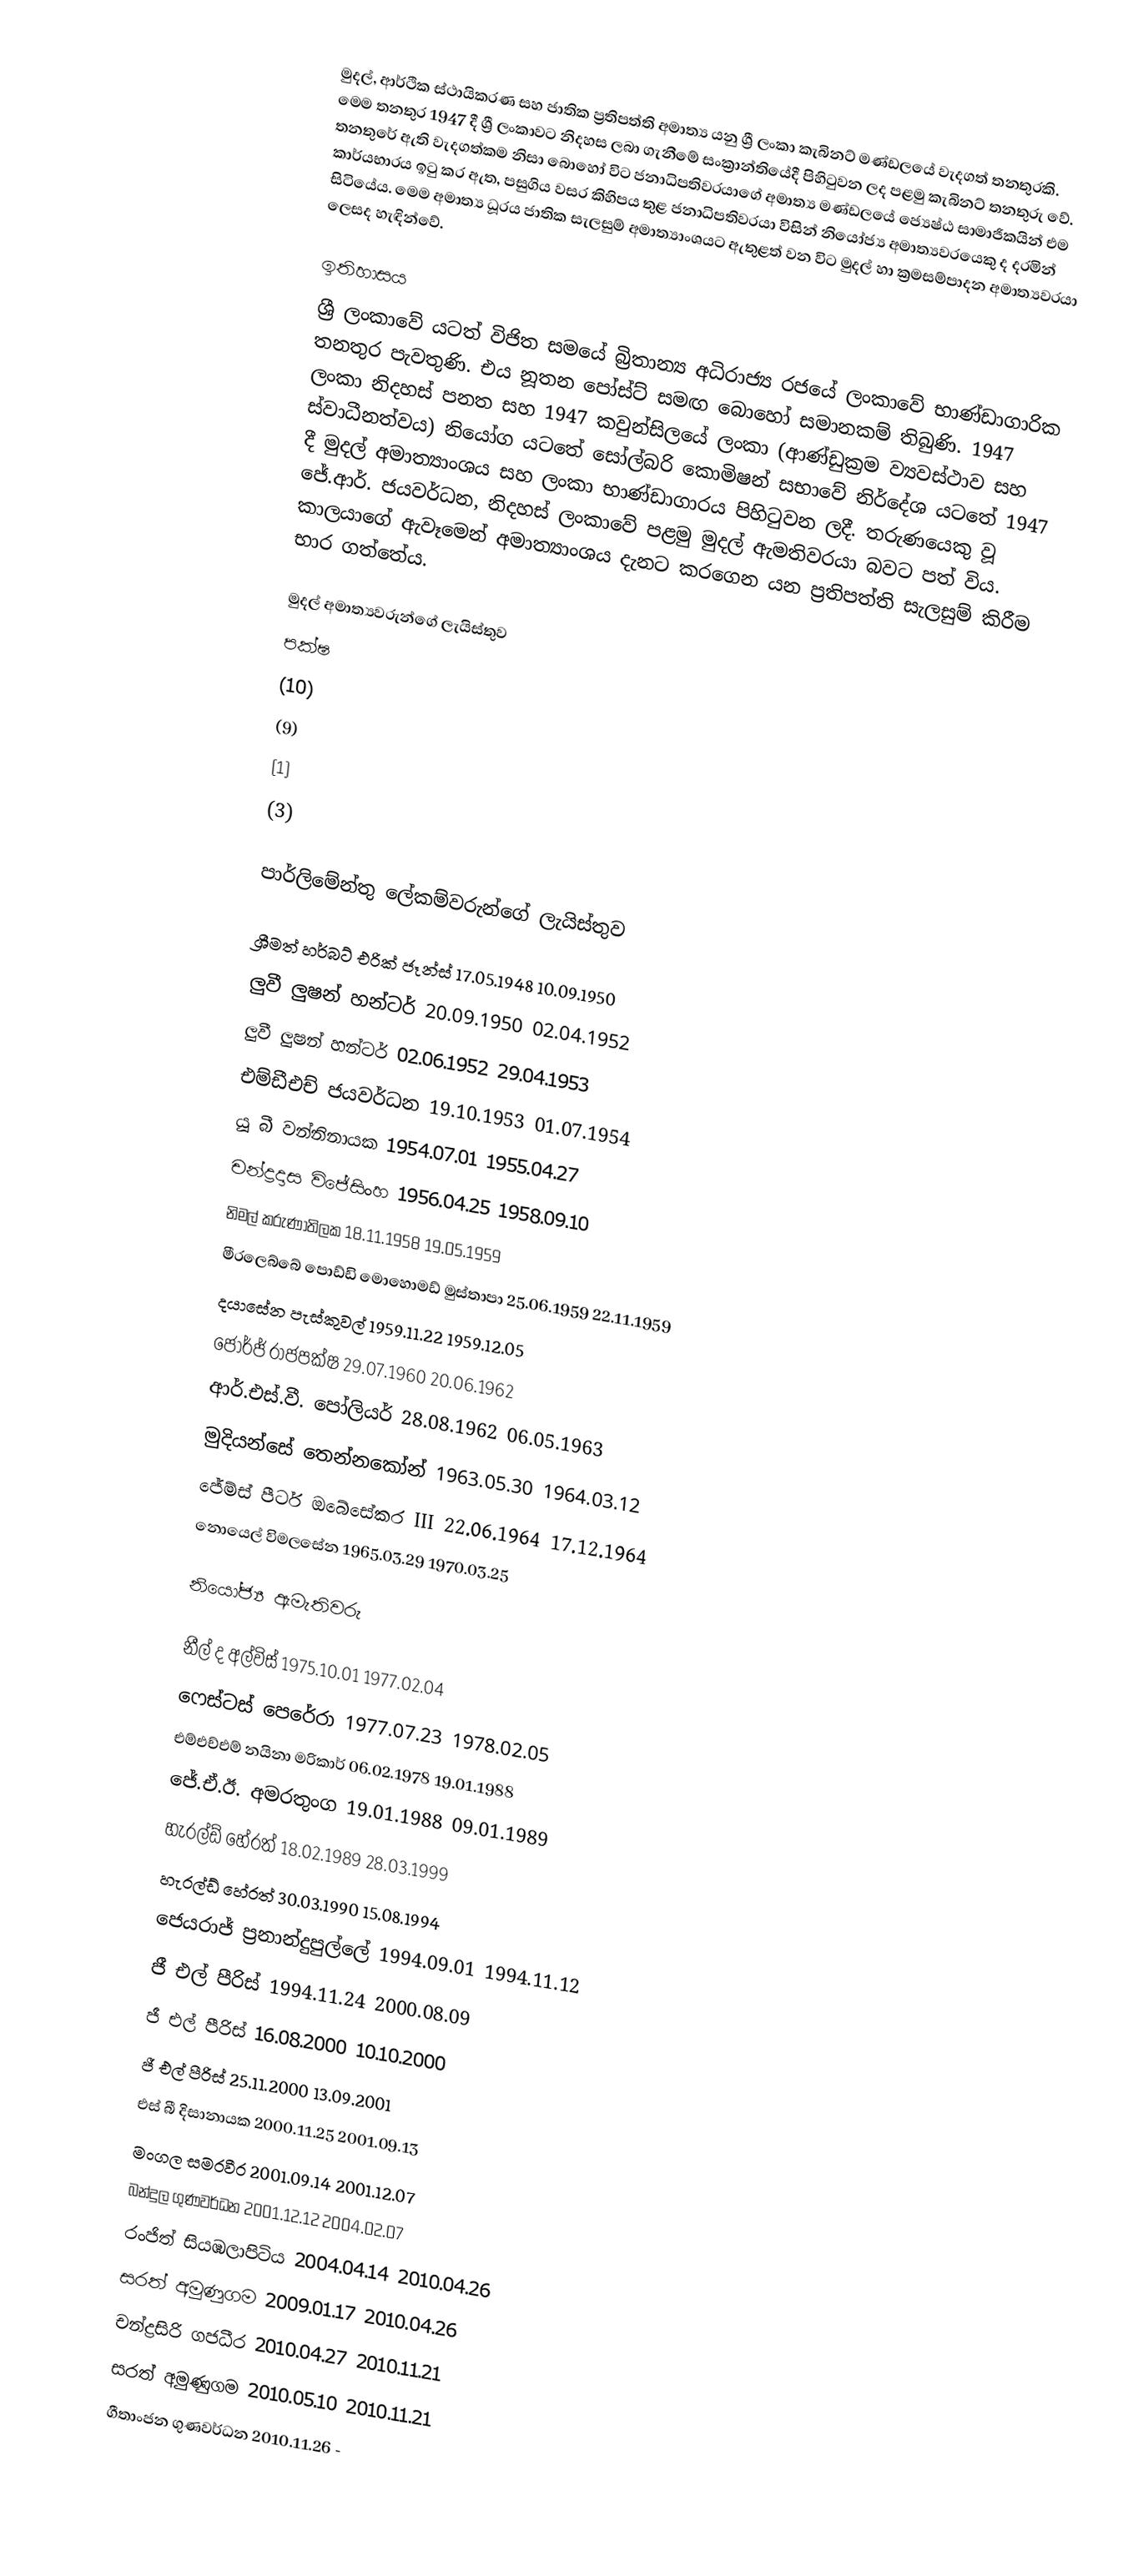
මුදල්, ආර්ථික ස්ථායිකරණ සහ ජාතික ප්‍රතිපත්ති අමාත්‍ය යනු ශ්‍රී ලංකා කැබිනට් මණ්ඩලයේ වැදගත් තනතුරකි. මෙම තනතුර 1947 දී ශ්‍රී ලංකාවට නිදහස ලබා ගැනීමේ සංක්‍රාන්තියේදී පිහිටුවන ලද පළමු කැබිනට් තනතුරු වේ. තනතුරේ ඇති වැදගත්කම නිසා බොහෝ විට ජනාධිපතිවරයාගේ අමාත්‍ය මණ්ඩලයේ ජ්‍යෙෂ්ඨ සාමාජිකයින් එම කාර්යභාරය ඉටු කර ඇත, පසුගිය වසර කිහිපය තුළ ජනාධිපතිවරයා විසින් නියෝජ්‍ය අමාත්‍යවරයෙකු ද දරමින් සිටියේය. මෙම අමාත්‍ය ධූරය ජාතික සැලසුම් අමාත්‍යාංශයට ඇතුළත් වන විට මුදල් හා ක්‍රමසම්පාදන අමාත්‍යවරයා ලෙසද හැඳින්වේ.

ඉතිහාසය
ශ්‍රී ලංකාවේ යටත් විජිත සමයේ බ්‍රිතාන්‍ය අධිරාජ්‍ය රජයේ ලංකාවේ භාණ්ඩාගාරික තනතුර පැවතුණි. එය නූතන පෝස්ට් සමඟ බොහෝ සමානකම් තිබුණි. 1947 ලංකා නිදහස් පනත සහ 1947 කවුන්සිලයේ ලංකා (ආණ්ඩුක්‍රම ව්‍යවස්ථාව සහ ස්වාධීනත්වය) නියෝග යටතේ සෝල්බරි කොමිෂන් සභාවේ නිර්දේශ යටතේ 1947 දී මුදල් අමාත්‍යාංශය සහ ලංකා භාණ්ඩාගාරය පිහිටුවන ලදී.  තරුණයෙකු වූ ජේ.ආර්. ජයවර්ධන, නිදහස් ලංකාවේ පළමු මුදල් ඇමතිවරයා බවට පත් විය. කාලයාගේ ඇවෑමෙන් අමාත්‍යාංශය දැනට කරගෙන යන ප්‍රතිපත්ති සැලසුම් කිරීම භාර ගත්තේය.

මුදල් අමාත්‍යවරුන්ගේ ලැයිස්තුව
පක්ෂ
 (10)
 (9)
 (1)
 (3)

පාර්ලිමේන්තු ලේකම්වරුන්ගේ ලැයිස්තුව

 ශ්‍රීමත් හර්බට් එරික් ජෑන්ස් 17.05.1948 10.09.1950
 ලුවී ලුෂන් හන්ටර් 20.09.1950 02.04.1952
 ලුවී ලුෂන් හන්ටර් 02.06.1952 29.04.1953
 එම්ඩීඑච් ජයවර්ධන 19.10.1953 01.07.1954
 යූ බී වන්නිනායක 1954.07.01 1955.04.27
 චන්ද්‍රදාස විජේසිංහ 1956.04.25 1958.09.10
 නිමල් කරුණාතිලක 18.11.1958 19.05.1959
 මීරලෙබ්බේ පොඩ්ඩි මොහොමඩ් මුස්තාපා 25.06.1959 22.11.1959
 දයාසේන පැස්කුවල් 1959.11.22 1959.12.05
 ජෝර්ජ් රාජපක්ෂ 29.07.1960 20.06.1962
 ආර්.එස්.වී. පෝලියර් 28.08.1962 06.05.1963
 මුදියන්සේ තෙන්නකෝන් 1963.05.30 1964.03.12
 ජේම්ස් පීටර් ඔබේසේකර III 22.06.1964 17.12.1964
 නොයෙල් විමලසේන 1965.03.29 1970.03.25

නියෝජ්‍ය ඇමැතිවරු

 නීල් ද අල්විස් 1975.10.01 1977.02.04
 ෆෙස්ටස් පෙරේරා 1977.07.23 1978.02.05
 එම්එච්එම් නයිනා මරිකාර් 06.02.1978 19.01.1988
 ජේ.ඒ.ඊ. අමරතුංග 19.01.1988 09.01.1989
 හැරල්ඩ් හේරත් 18.02.1989 28.03.1999
 හැරල්ඩ් හේරත් 30.03.1990 15.08.1994
 ජෙයරාජ් ප්‍රනාන්දුපුල්ලේ 1994.09.01 1994.11.12
 ජී එල් පීරිස් 1994.11.24 2000.08.09
 ජී එල් පීරිස් 16.08.2000 10.10.2000
 ජී එල් පීරිස් 25.11.2000 13.09.2001
 එස් බී දිසානායක 2000.11.25 2001.09.13
 මංගල සමරවීර 2001.09.14 2001.12.07
 බන්දුල ගුණවර්ධන 2001.12.12 2004.02.07
 රංජිත් සියඹලාපිටිය 2004.04.14 2010.04.26
 සරත් අමුණුගම 2009.01.17 2010.04.26
 චන්ද්‍රසිරි ගජධීර 2010.04.27 2010.11.21
 සරත් අමුණුගම 2010.05.10 2010.11.21
 ගීතාංජන ගුණවර්ධන 2010.11.26 -